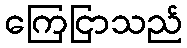
ကြေငြာသည်